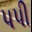
પપી